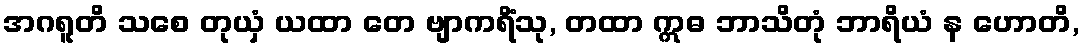
အဂရူတိ သစေ တုယှံ ယထာ တေ ဗျာကရိံသု, တထာ ဣဓ ဘာသိတုံ ဘာရိယံ န ဟောတိ,